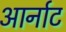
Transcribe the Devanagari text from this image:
आर्नाट